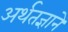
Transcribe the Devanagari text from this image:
अर्थतज्ञाने